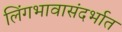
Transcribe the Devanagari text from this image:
लिंगभावासंदर्भात